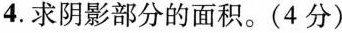
4. 求阴影部分的面积。(4分)